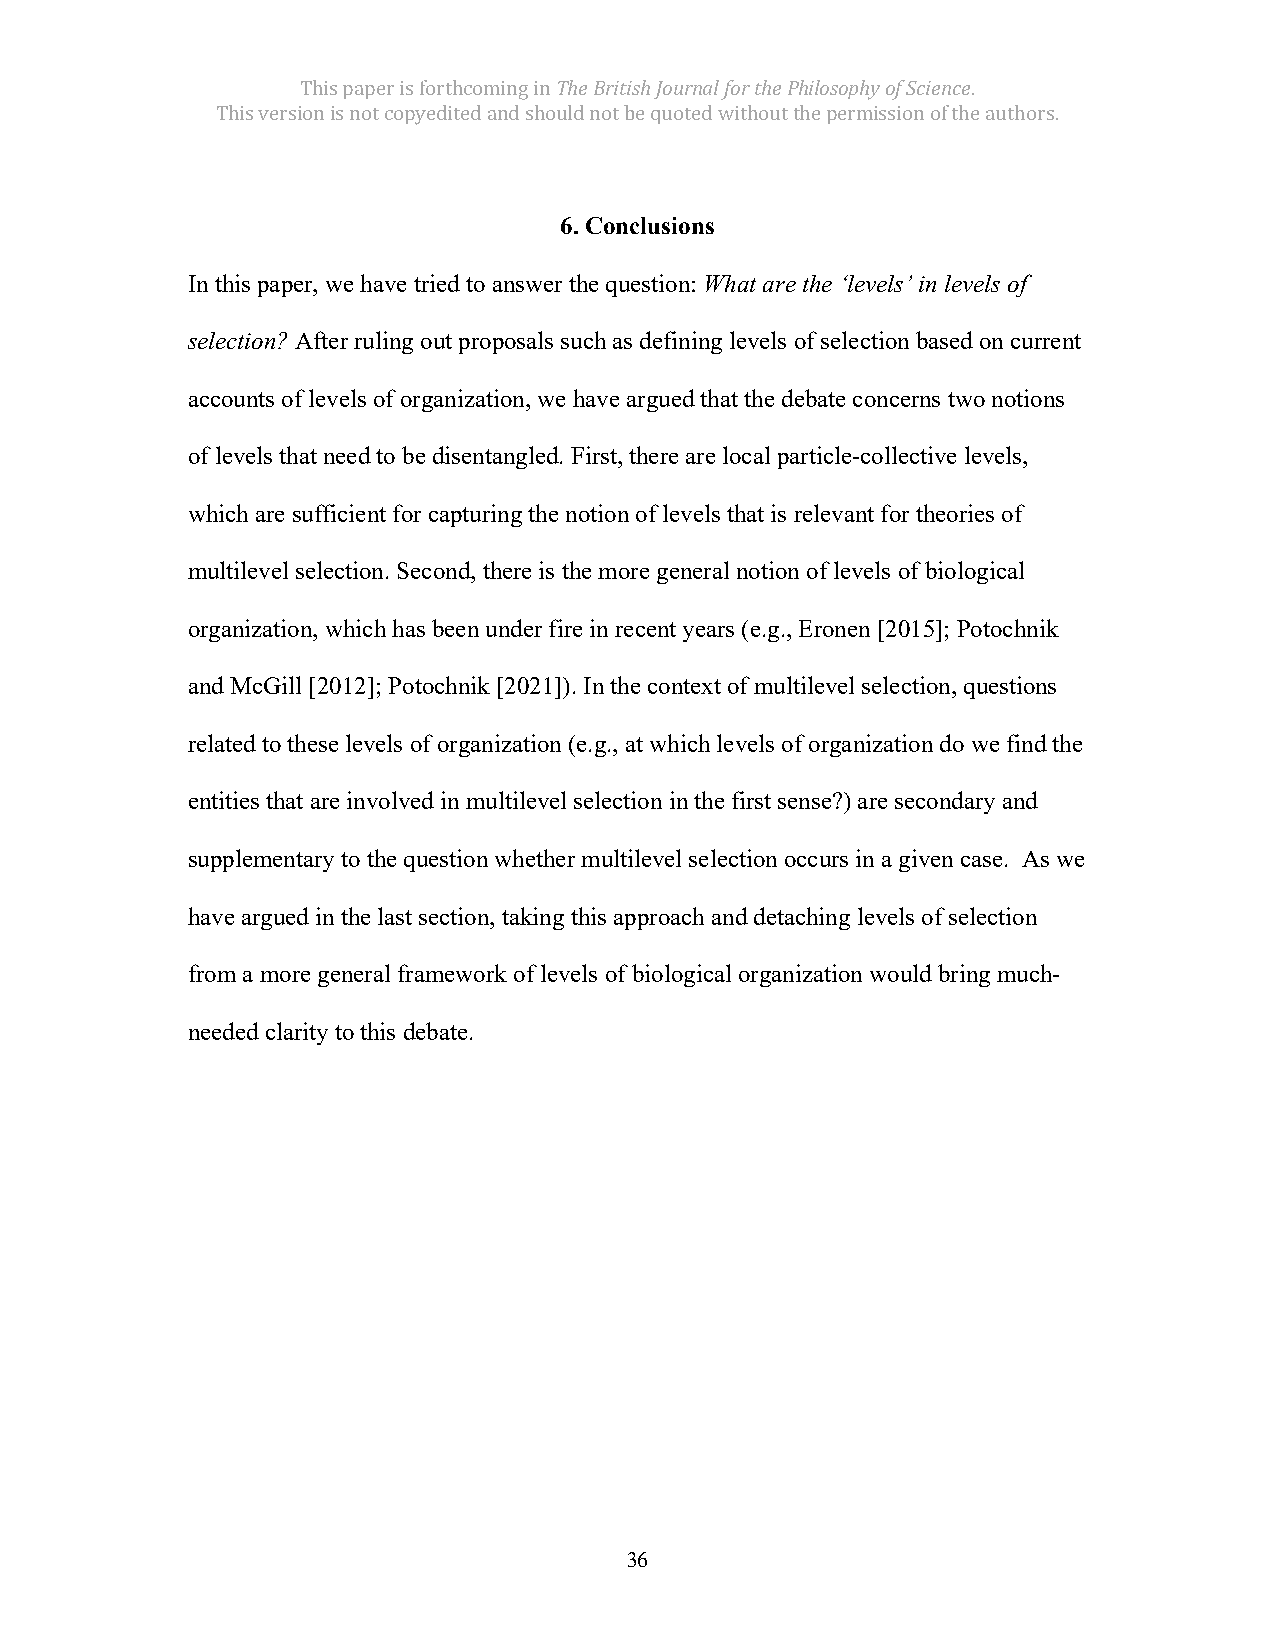
This paper is forthcoming in The British Journal for the Philosophy of Science.
 This version is not copyedited and should not be quoted without the permission of the authors.
 6. Conclusions
 In this paper, we have tried to answer the question: What are the ‘levels’ in levels of
 selection? After ruling out proposals such as defining levels of selection based on current
 accounts of levels of organization, we have argued that the debate concerns two notions
 of levels that need to be disentangled. First, there are local particle-collective levels,
 which are sufficient for capturing the notion of levels that is relevant for theories of
 multilevel selection. Second, there is the more general notion of levels of biological
 organization, which has been under fire in recent years (e.g., Eronen [2015]; Potochnik
 and McGill [2012]; Potochnik [2021]). In the context of multilevel selection, questions
 related to these levels of organization (e.g., at which levels of organization do we find the
 entities that are involved in multilevel selection in the first sense?) are secondary and
 supplementary to the question whether multilevel selection occurs in a given case. As we
 have argued in the last section, taking this approach and detaching levels of selection
 from a more general framework of levels of biological organization would bring much-
 needed clarity to this debate.
 36